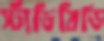
স্টাডিবিডি